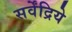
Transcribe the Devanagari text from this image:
सर्वेंद्रिये